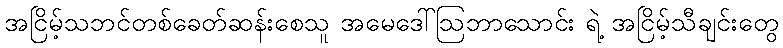
အငြိမ့်သဘင်တစ်ခေတ်ဆန်းစေသူ အမေဒေါ်ဩဘာသောင်း ရဲ့ အငြိမ့်သီချင်းတွေ